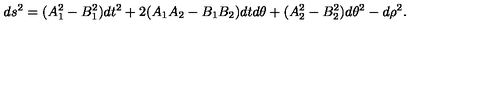
d s ^ { 2 } = ( A _ { 1 } ^ { 2 } - B _ { 1 } ^ { 2 } ) d t ^ { 2 } + 2 ( A _ { 1 } A _ { 2 } - B _ { 1 } B _ { 2 } ) d t d \theta + ( A _ { 2 } ^ { 2 } - B _ { 2 } ^ { 2 } ) d \theta ^ { 2 } - d \rho ^ { 2 } .